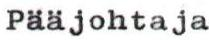
Pääjohtaja